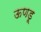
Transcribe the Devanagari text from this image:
ऊणडू